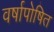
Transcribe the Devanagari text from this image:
वर्षापोषित